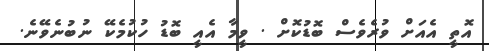
އޮތީ އެއަށް ވުރެވެސް ބޮޑުކޮށް . ވީމާ އެއީ ބޮޑު ހުކުމެކޭ ނުބުނެވޭނެ.